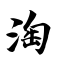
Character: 淘